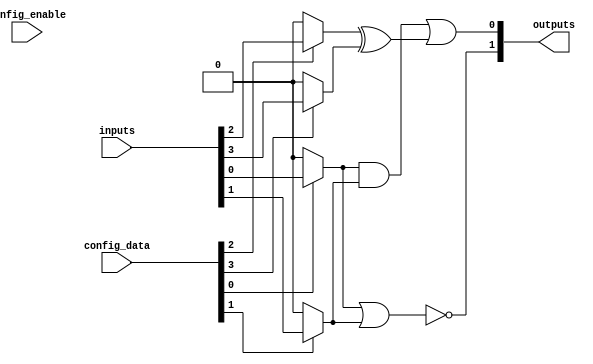
module sram_logic_block #(
    parameter NUM_INPUTS = 4,
    parameter NUM_OUTPUTS = 2,
    parameter SRAM_SIZE = 16 // Number of SRAM cells for configuration
)(
    input wire [NUM_INPUTS-1:0] inputs,           // Input signals
    input wire [SRAM_SIZE-1:0] config_data,       // Configuration data from SRAM
    input wire config_enable,                       // Enable signal for configuration
    output reg [NUM_OUTPUTS-1:0] outputs           // Output signals
);

// Internal signals
wire [NUM_INPUTS-1:0] muxed_inputs;
wire [NUM_OUTPUTS-1:0] logic_out;

// Multiplexer for input selection based on SRAM configuration
genvar i;
generate
    for (i = 0; i < NUM_INPUTS; i = i + 1) begin : mux
        assign muxed_inputs[i] = config_data[i] ? inputs[i] : 1'b0; // Simple selection logic
    end
endgenerate

// Combinational logic implementation
always @* begin
    // Example logic function based on configuration
    // This can be replaced with a more complex logic structure
    logic_out[0] = (muxed_inputs[0] & muxed_inputs[1]) | (muxed_inputs[2] ^ muxed_inputs[3]); // Example logic
    logic_out[1] = ~(muxed_inputs[0] | muxed_inputs[1]); // Example logic

    // Assign outputs
    outputs = logic_out;
end

// Control logic for loading configuration data (simplified)
always @(posedge config_enable) begin
    // Logic to load configuration into SRAM cells would go here
    // This is a placeholder for actual SRAM loading mechanism
end

endmodule